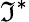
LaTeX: {\mathfrak{I}}^{*}